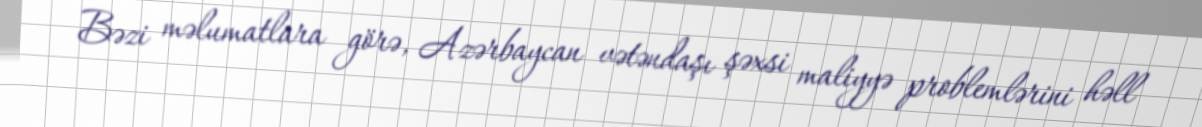
Bəzi məlumatlara görə, Azərbaycan vətəndaşı şəxsi maliyyə problemlərini həll